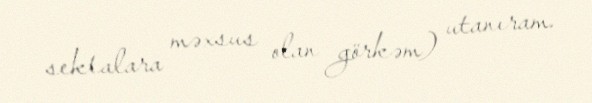
sektalara məxsus olan görkəm) utanıram.